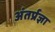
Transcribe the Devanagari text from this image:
अंतर्प्रज्ञा